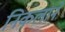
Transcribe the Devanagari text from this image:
निकलाने